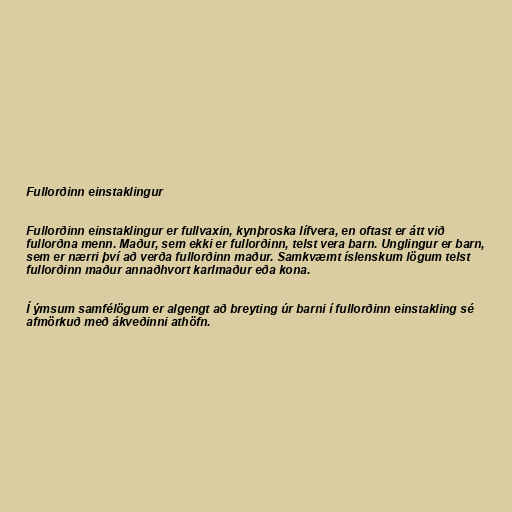
Fullorðinn einstaklingur

Fullorðinn einstaklingur er fullvaxin, kynþroska lífvera, en oftast er átt við
fullorðna menn. Maður, sem ekki er fullorðinn, telst vera barn. Unglingur er barn,
sem er nærri því að verða fullorðinn maður. Samkvæmt íslenskum lögum telst
fullorðinn maður annaðhvort karlmaður eða kona.

Í ýmsum samfélögum er algengt að breyting úr barni í fullorðinn einstakling sé
afmörkuð með ákveðinni athöfn.